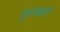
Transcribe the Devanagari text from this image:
मुलखती